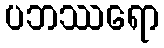
ပဘဿရော